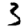
Digit: 3